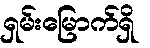
ရှမ်းမြောက်ရှိ